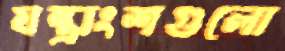
যন্ত্রাংশগুলো